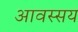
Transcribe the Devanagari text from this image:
आवस्सय